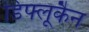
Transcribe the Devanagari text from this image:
डिफ्लूकैन